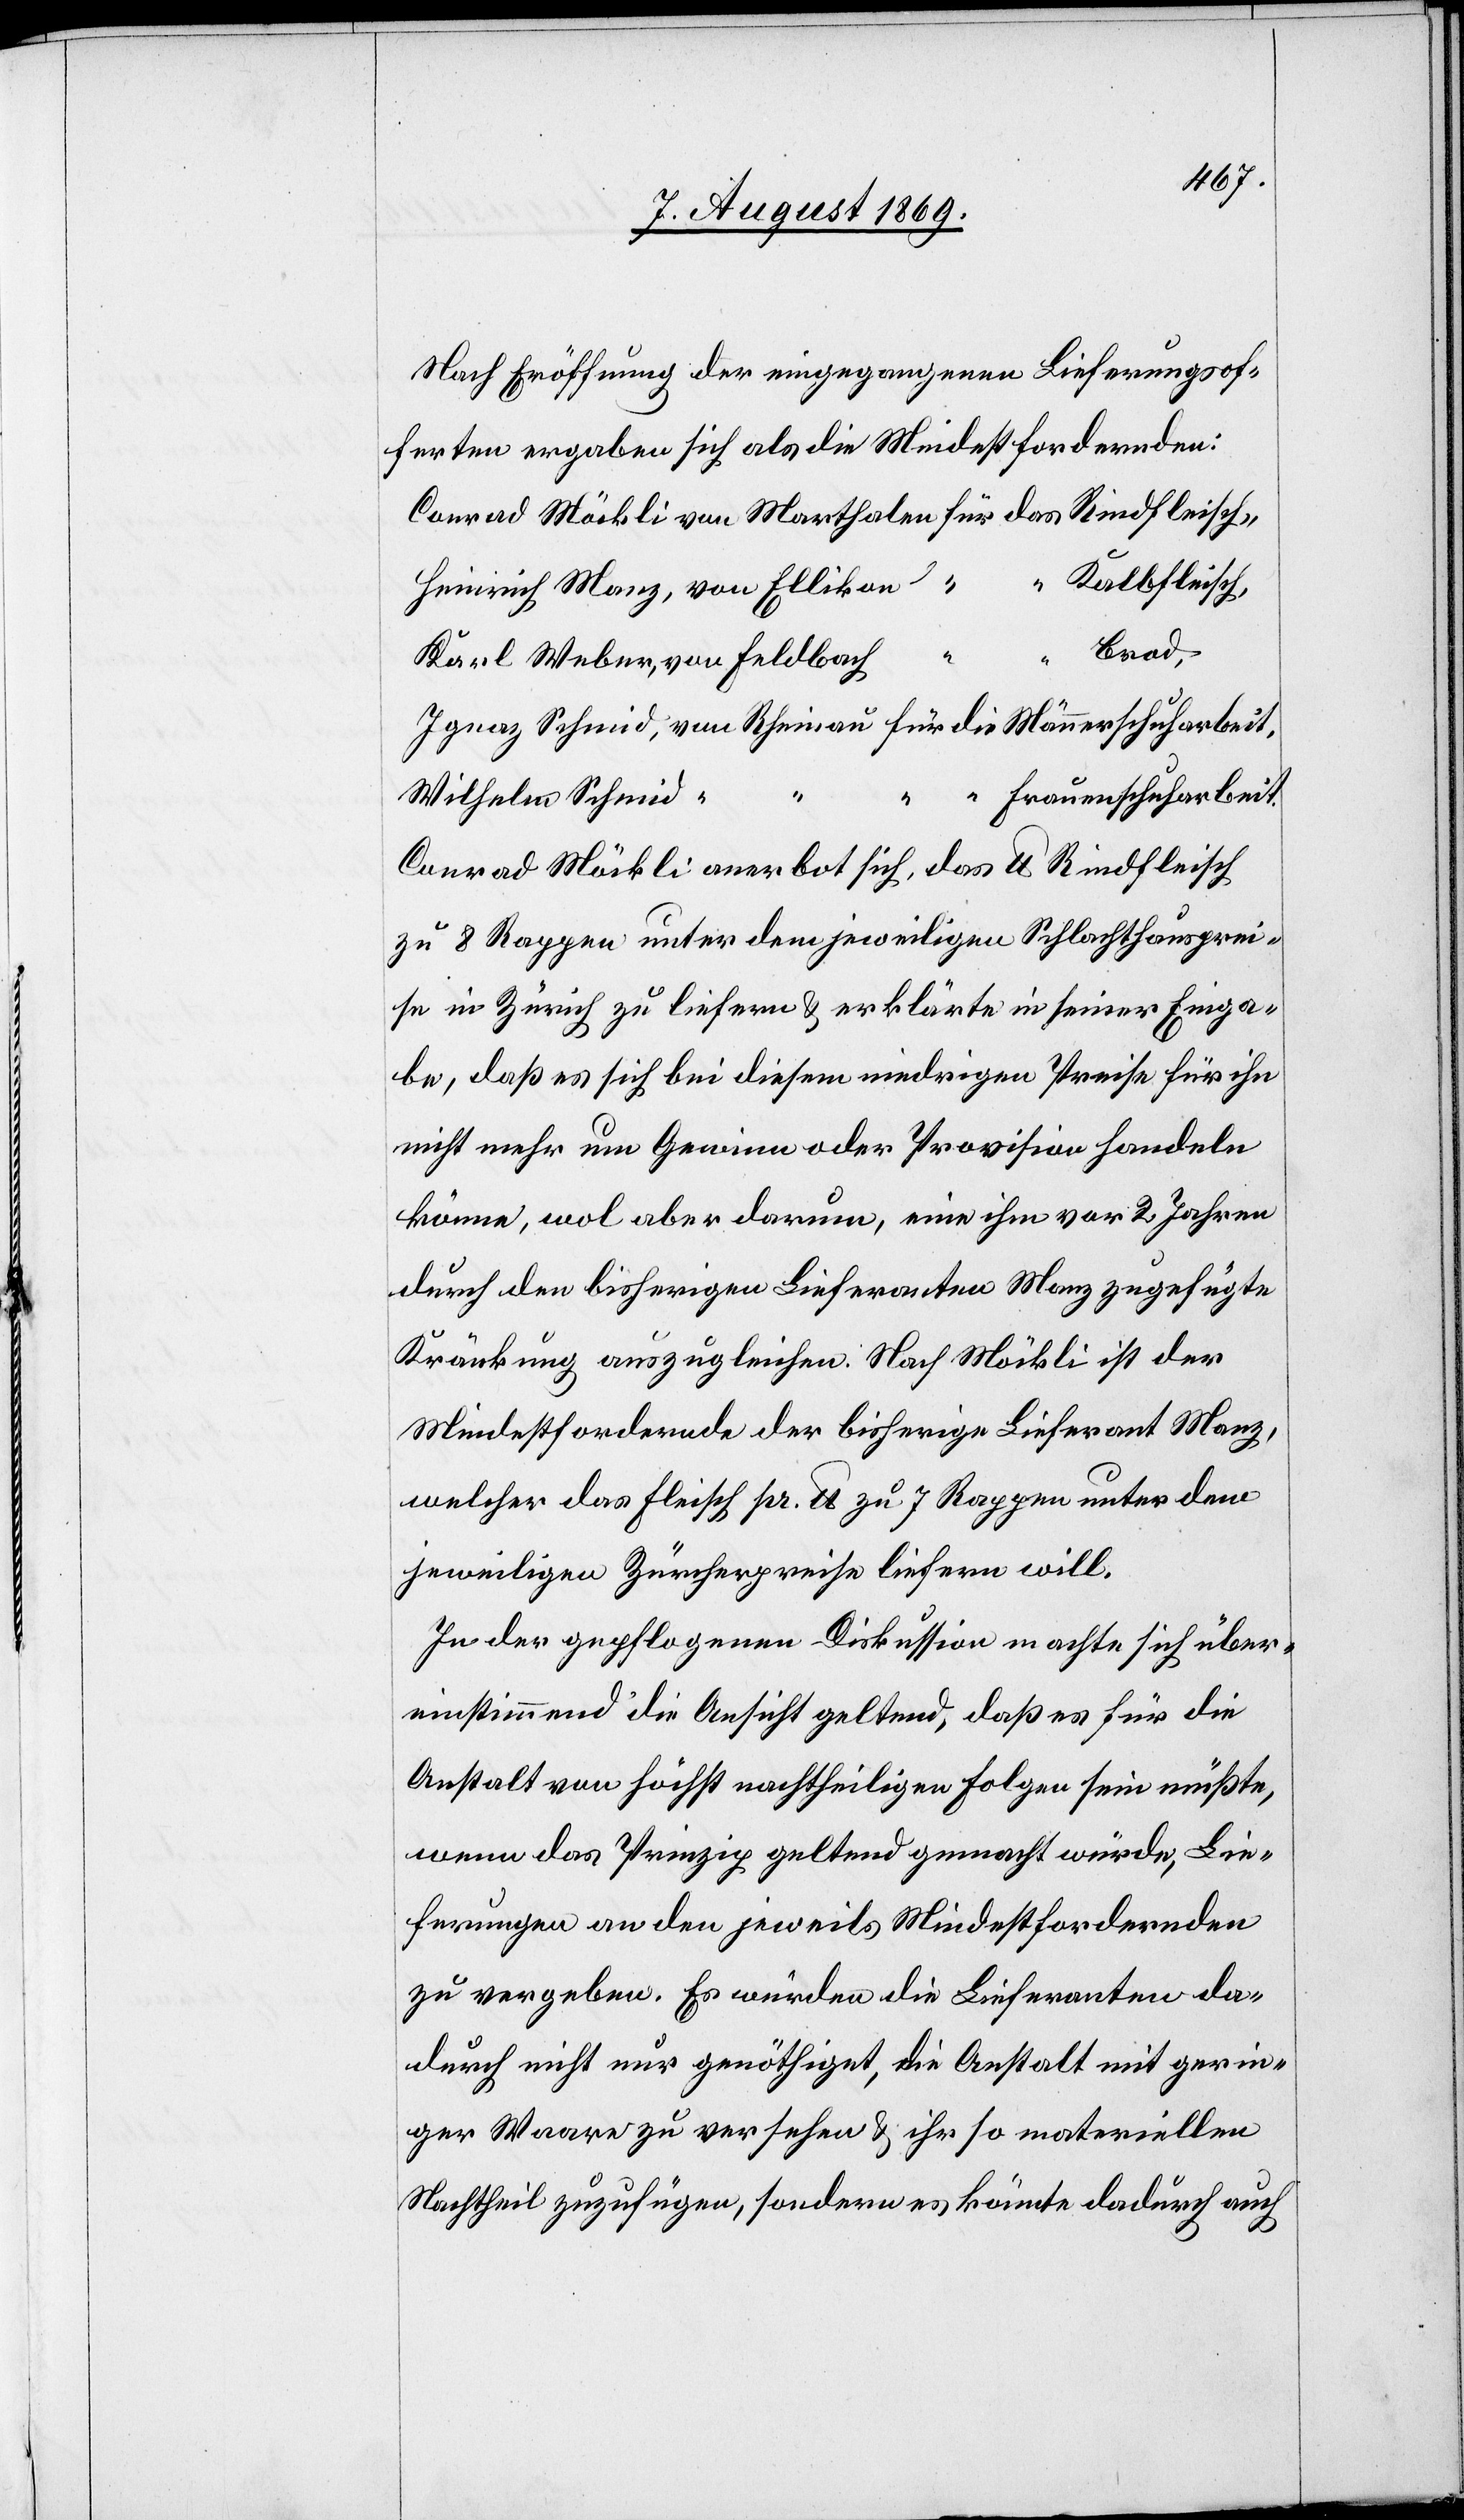
Nach Eröffnung der eingegangenen Lieferungsof¬
ferten ergaben sich als die Mindestfordernden:
Conrad Stöckli von Marthalen für das Rindfleisch,
“ Kalbfleisch,
Heinrich Manz, von Ellikon “
“ Brod,
Karl Weber, von Feldbach
Ignaz Schmid, von Rheinau für die Männerschuharbeit,
“ “ Frauenschuharbeit.
Wilhelm Schmid,
Conrad Möckli anerbot sich, das lb Rindfleisch
zu 8 Rappen unter dem jeweiligen Schlachthausprei¬
se in Zürich zu liefern & erklärte in seiner Einga¬
be, daß es sich bei diesem niedrigen Preise für ihn
nicht mehr um Gewinn oder Provision handeln
könne, wol aber darum, eine ihm vor 2 Jahren
durch den bisherigen Lieferanten Manz zugefügte
Kränkung auszugleichen: Nach Möckli ist der
Mindestfordernde der bisherige Lieferant Manz,
welcher das Fleisch pr. lb zu 7 Rappen unter dem
jeweiligen Zürcherpreise liefern will.
In der gepflogenen Diskussion machte sich über¬
einstimmend die Ansicht geltend, daß es für die
Anstalt von höchst nachtheiligen Folgen sein müßte,
wenn das Prinzip geltend gemacht würde, Lie¬
ferungen an den jeweils Mindestfordernden
zu vergeben. Es würden die Lieferanten da¬
durch nicht nur genöthigt, die Anstalt mit gerin¬
ger Waare zu versehen & ihr so materiellen
Nachtheil zuzufügen, sondern könnte dadurch auch